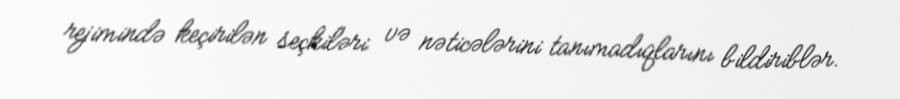
rejimində keçirilən seçkiləri və nəticələrini tanımadıqlarını bildiriblər.